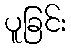
ပူခြင်း